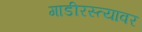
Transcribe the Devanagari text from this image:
गाडीरस्त्यावर